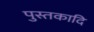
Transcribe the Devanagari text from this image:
पुस्तकादि